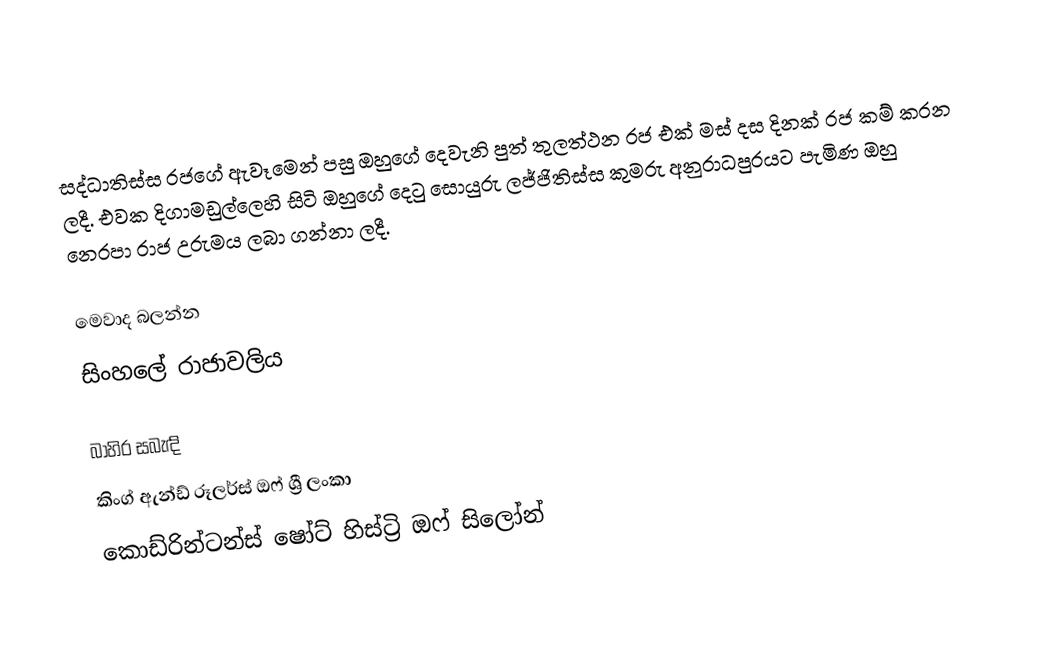
සද්ධාතිස්ස රජගේ ඇවෑමෙන් පසු ඔහුගේ දෙවැනි පුත් තුලත්ථන රජ එක් මස් දස දිනක් රජ කම් කරන ලදී. එවක දිගාමඩුල්ලෙහි සිටි ඔහුගේ දෙටු සොයුරු ලජ්ජිතිස්ස කුමරු අනුරාධපුරයට පැමිණ ඔහු නෙරපා රාජ උරුමය ලබා ගන්නා ලදී.

මෙවාද බලන්න
සිංහලේ රාජාවලිය

බාහිර සබැඳි
 කිංග් ඇන්ඩ් රූලර්ස් ඔෆ් ශ්‍රී ලංකා
 කොඩ්රින්ටන්ස් ෂෝට් හිස්ට්‍රි ඔෆ් සිලෝන්